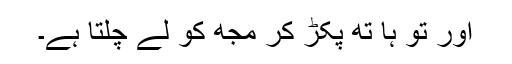
اور تُو ہا تھ پکڑ کر مجھ کو لے چلتا ہے۔